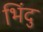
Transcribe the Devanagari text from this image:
भिंदु